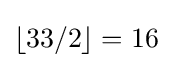
\lfloor 33/2\rfloor =16